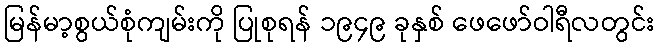
မြန်မာ့စွယ်စုံကျမ်းကို ပြုစုရန် ၁၉၄၉ ခုနှစ် ဖေဖော်ဝါရီလတွင်း